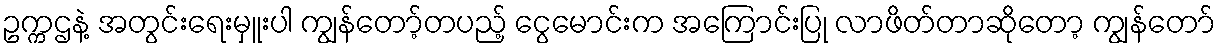
ဥက္ကဌနဲ့ အတွင်းရေးမှူးပါ ကျွန်တော့်တပည့် ငွေမောင်းက အကြောင်းပြု လာဖိတ်တာဆိုတော့ ကျွန်တော်